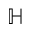
\mathbb { H }